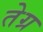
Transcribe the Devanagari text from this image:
तेग्र